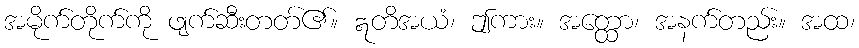
အမိုက်တိုက်ကို ဖျက်ဆီးတတ်၏။ ဣတိအယံ၊ ဤကား။ အတ္ထော၊ အနက်တည်း။ အထ၊